Development of the parasite of Indian kala azar - Number 53
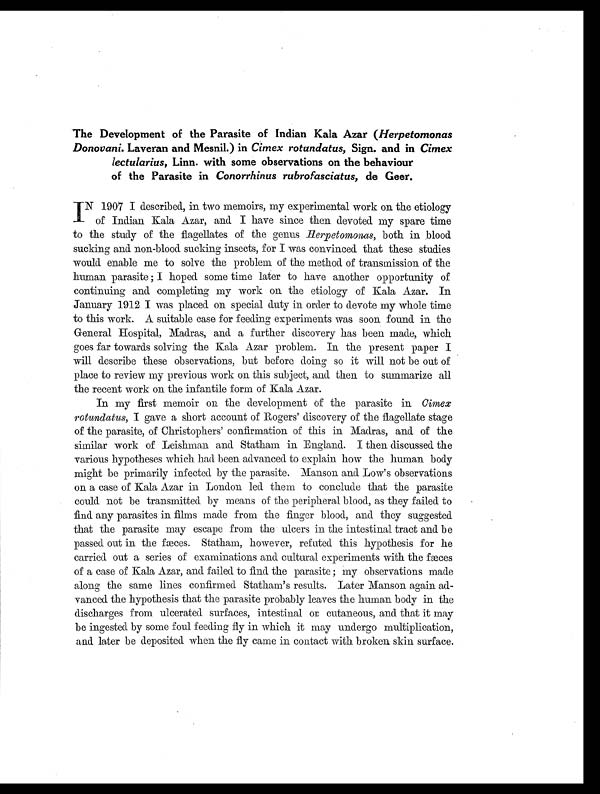
The Development of the Parasite of Indian Kala Azar (Herpetomonas
Donovani. Laveran and Mesnil.) in Cimex rotundatus, Sign. and in Cimex
lectularius, Linn. with some observations on the behaviour
of the Parasite in Conorrhinus rubrofasciatus, de Geer.
I N 1907 I described, in two memoirs, my experimental work on the etiology
of Indian Kala Azar, and I have since then devoted my spare time
to the study of the flagellates of the genus Herpetomonas, both in blood.
sucking and. non-blood. sucking insects, for I was convinced that these studies
would enable me to solve the problem of the method of transmission of the
human parasite ; I hoped some time later to have another opportunity of
continuing and completing my work on the etiology of Kala Azar. In
January 1912 I was placed on special duty in order to devote my whole time
to this work. A suitable case for feeding experiments was soon found in the
General Hospital, Madras, and a further discovery has been made, which
goes far towards solving the Kala Azar problem. In the present paper I
will describe these observations, but before doing so it will not be out of
place to review my previous work on this subject, and then to summarize all
the recent work on the infantile form of Kala Azar.
In my first memoir on the development of the parasite in Cimex
rotundatus, I gave a short account of Rogers' discovery of the flagellate stage
of the parasite, of Christophers' confirmation of this in Madras, and of the
similar work of Leishman and Statham in England. I then discussed the
various hypotheses which had been advanced to explain how the human body
might be primarily infected by the parasite. Manson and. Low's observations
on a case of Kala Azar in London led them to conclude that the parasite
could not be transmitted by means of the peripheral blood, as they failed to
find any parasites in films made from the finger blood, and they suggested
that the parasite may escape from the ulcers in the intestinal tract and be
passed out in the fæces. Statham, however, refuted this hypothesis for he
carried out a series of examinations and cultural experiments with the fæces
of a case of Kala Azar, and failed to find the parasite ; my observations made
along the same lines confirmed Statham's results. Later Manson again ad-
vanced the hypothesis that the parasite probably leaves the human body in the
discharges from ulcerated surfaces, intestinal or cutaneous, and that it may
be ingested by some foul feeding fly in which it may undergo multiplication,
and later be deposited when the fly came in contact with broken skin surface.